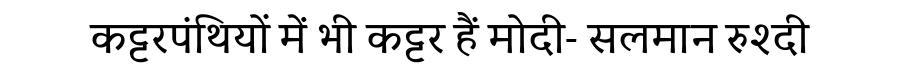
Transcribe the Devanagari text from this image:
कट्टरपंथियों में भी कट्टर हैं मोदी- सलमान रुश्दी